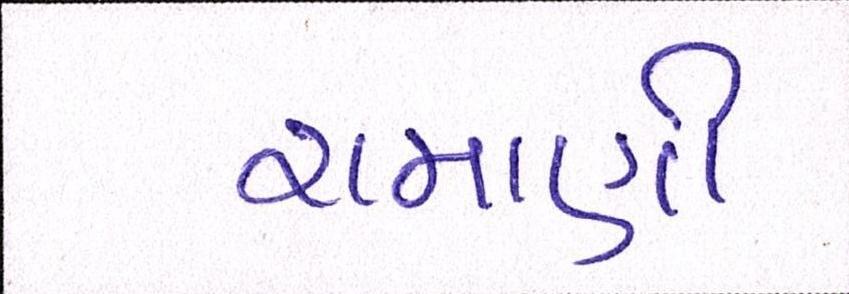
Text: રામાણી